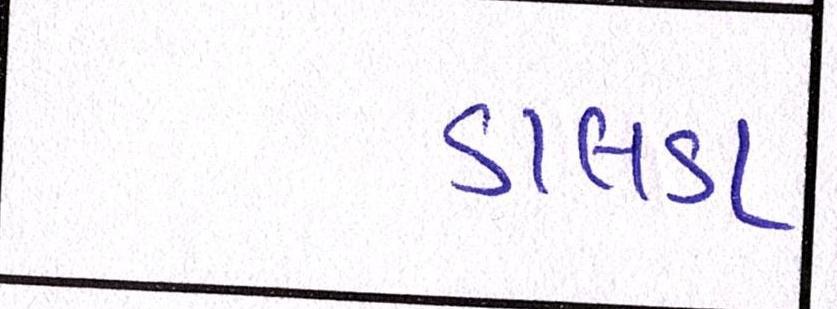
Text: ડાલડા